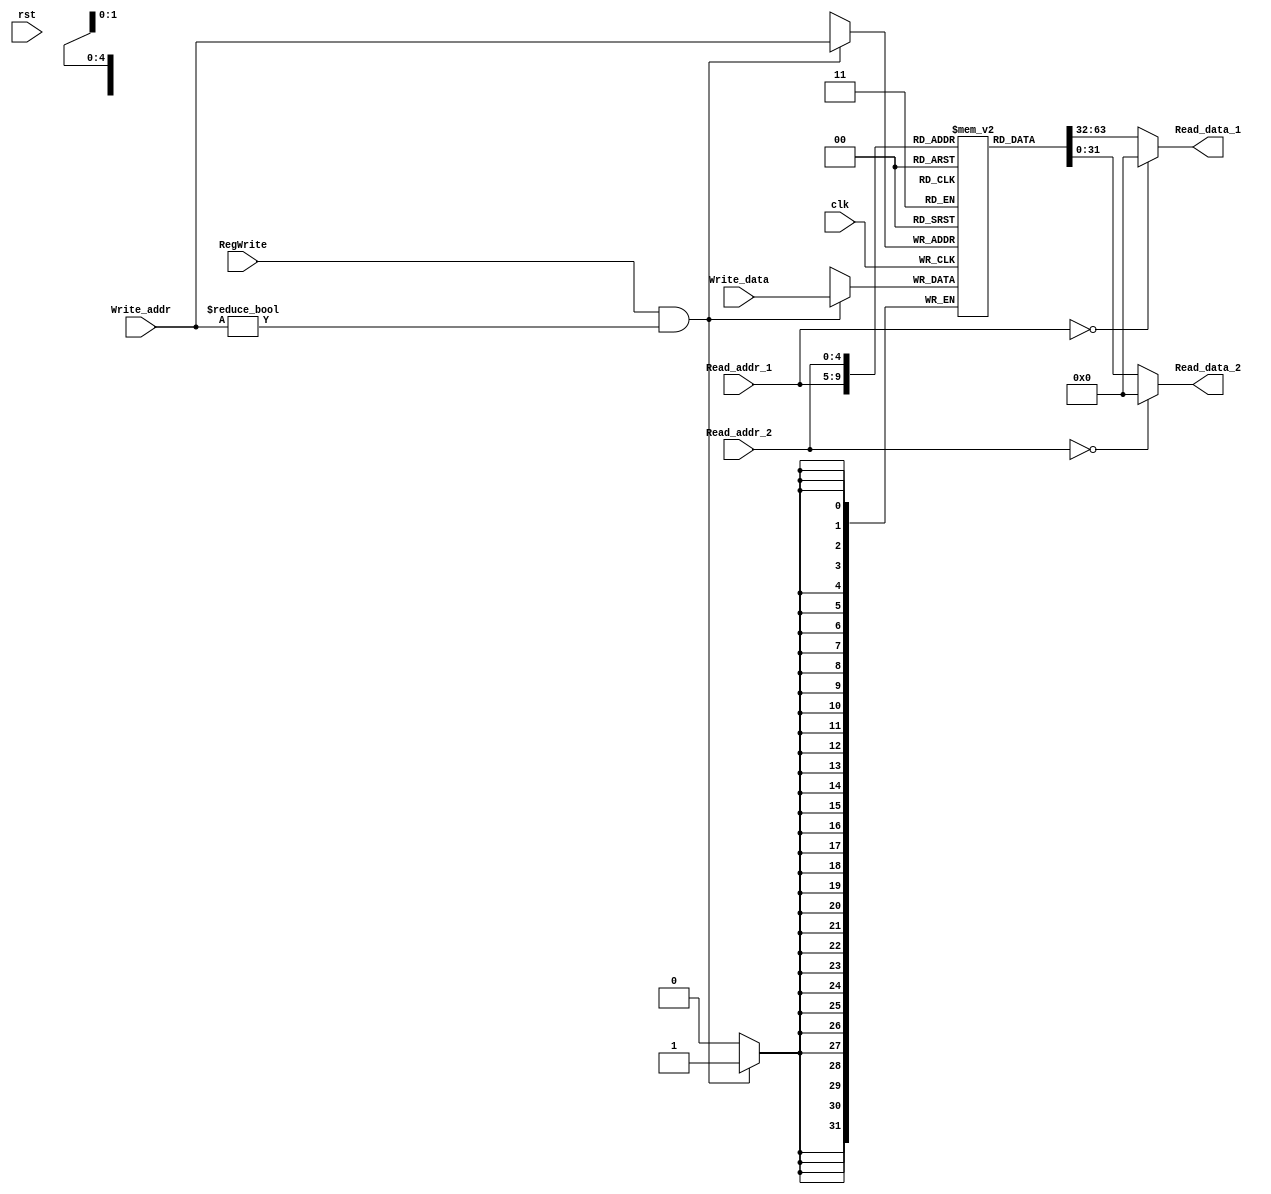
// Regfile

module Regfile ( clk, 
				 rst,				 
				 Read_addr_1,
				 Read_addr_2,
				 Read_data_1,
                 Read_data_2,
				 RegWrite,
				 Write_addr,
				 Write_data
				 );
	
	parameter bit_size = 32;
	
	input  clk, rst;
	input  [4:0] Read_addr_1;
	input  [4:0] Read_addr_2;	
	
	output  [bit_size-1:0] Read_data_1;
	output  [bit_size-1:0] Read_data_2;
	
	input  RegWrite;
	input  [4:0] Write_addr;
	input  [bit_size-1:0] Write_data;
	
	reg  [bit_size-1:0] Register[31:0]; //declare 32 registers to store data
	
	//Read register data 
	assign Read_data_1 = (Read_addr_1 == 0 ) ? 0 : Register[Read_addr_1];
	assign Read_data_2 = (Read_addr_2 == 0 ) ? 0 : Register[Read_addr_2];
	
	integer i;	
	        
	initial begin
		 for (i=0;i<32;i=i+1)
				Register[i] <= 0;
	end	
	
	//if RegWrite ==1 write the data to register
	always @(posedge clk ) begin   		
		if (RegWrite && (Write_addr!=0)) begin   
		    Register[Write_addr] <= Write_data ;
			//$display("Register[%d]=%h",Write_addr,Write_data);
		end		
	end		
	
endmodule